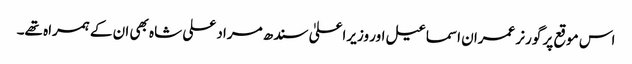
اس موقع پر گورنر عمران اسماعیل اور وزیراعلیٰ سندھ مراد علی شاہ بھی ان کے ہمراہ تھے۔